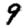
Digit: 9